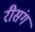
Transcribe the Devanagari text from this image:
रीसंग